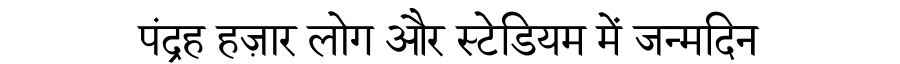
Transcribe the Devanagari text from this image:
पंद्रह हज़ार लोग और स्टेडियम में जन्मदिन